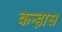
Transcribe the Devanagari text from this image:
कन्हास